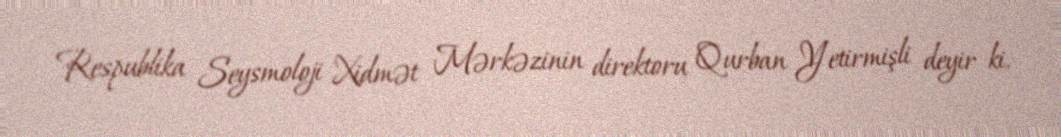
Respublika Seysmoloji Xidmət Mərkəzinin direktoru Qurban Yetirmişli deyir ki,